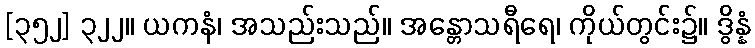
[၃၅၂] ၃၂၂။ ယကနံ၊ အသည်းသည်။ အန္တောသရီရေ၊ ကိုယ်တွင်း၌။ ဒွိန္နံ